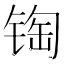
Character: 𰾏